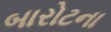
બારોટના